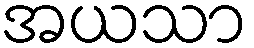
အယသာ